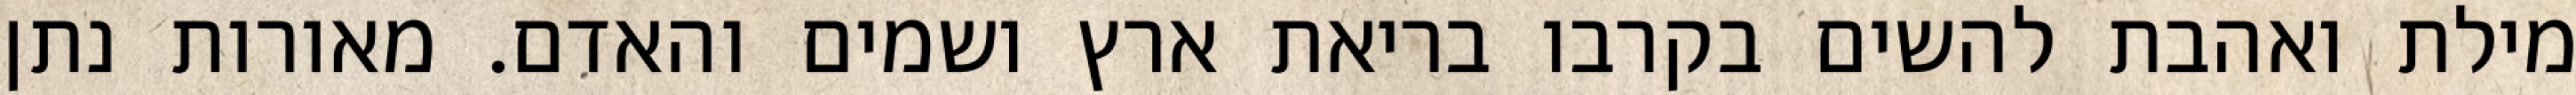
מילת ואהבת להשים בקרבו בריאת ארץ ושמים והאדם. מאורות נתן